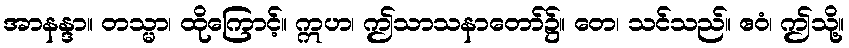
အာနန္ဒာ။ တသ္မာ၊ ထိုကြောင့်။ ဣဟ၊ ဤသာသနာတော်၌။ တေ၊ သင်သည်။ ဧဝံ၊ ဤသို့။